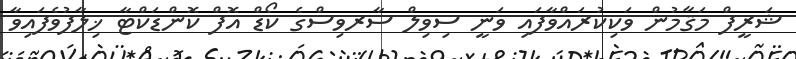
ޝަރީފް މަޤާމުން ވަކިކުރައްވާފައި ވަނީ ސިވިލް ސާރވިސްގެ ކޯޑް އޮފް ކޮންޑަކްޓާ ޚިލާފުވެފައިވާ